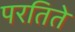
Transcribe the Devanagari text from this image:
परतिते